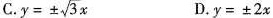
C.$$y = ± \sqrt { 3 } x$$ D.$$y = ± 2 x$$